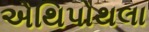
એથિપોથલા